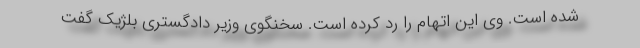
شده است. وی این اتهام را رد کرده است. سخنگوی وزیر دادگستری بلژیک گفت